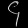
Digit: ၄